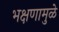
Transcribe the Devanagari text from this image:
भक्षणामुळे